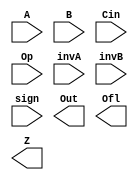
module alu (A, B, Cin, Op, invA, invB, sign, Out, Ofl, Z);
   
        input [15:0] A;
        input [15:0] B;
        input Cin;
        input [2:0] Op;
        input invA;
        input invB;
        input sign;
        output [15:0] Out;
        output Ofl;
        output Z;

   /*
	Your code goes here
   */
    
endmodule